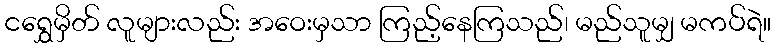
ငရွှေမှိတ် လူများလည်း အဝေးမှသာ ကြည့်နေကြသည်၊ မည်သူမျှ မကပ်ရဲ။